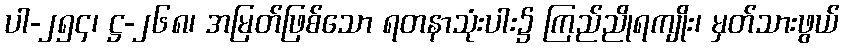
ပါ-၂၅၄၊ ဋ္ဌ-၂၆၈၊ အမြတ်ဖြစ်သော ရတနာသုံးပါး၌ ကြည်ညိုရကျိုး၊ မှတ်သားဖွယ်